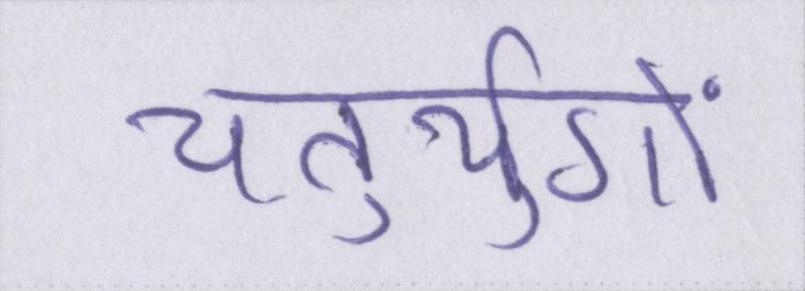
चतुर्युगों